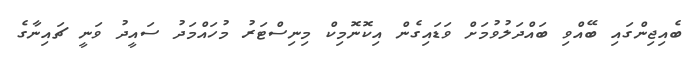
ބެއިޖިންގައި ބޭއްވި ބައްދަލުވުމަށް ވަޑައިގެން އިކޮނޮމިކް މިނިސްޓަރު މުހައްމަދު ސައީދު ވަނީ ޗައިނާގެ